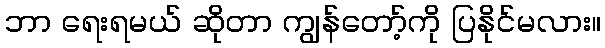
ဘာ ရေးရမယ် ဆိုတာ ကျွန်တော့်ကို ပြနိုင်မလား။